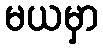
မယမှာ